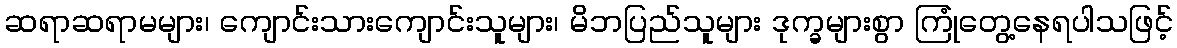
ဆရာဆရာမများ၊ ကျောင်းသားကျောင်းသူများ၊ မိဘပြည်သူများ ဒုက္ခများစွာ ကြုံတွေ့နေရပါသဖြင့်